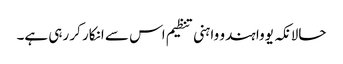
حالانکہ یووا ہندو واہنی تنظیم اس سے انکار کر رہی ہے۔